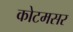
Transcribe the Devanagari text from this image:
कोटमसर